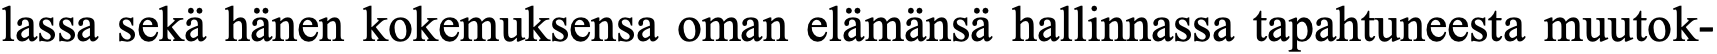
lassa sekä hänen kokemuksensa oman elämänsä hallinnassa tapahtuneesta muutok-